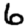
Digit: 6